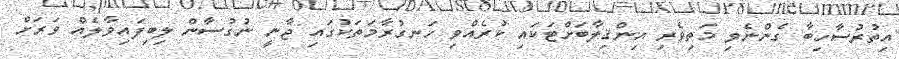
އިތުރުސާހިބާ ގެންނެވި މަތިވެރި އިންޤިލާބަށްޓަކައި ކުރެއްވި ހަނގުރާމަތަކުގައި ޖާނީ ނުގުސާން ލިބިފައިވާލެއް ވަރަށް